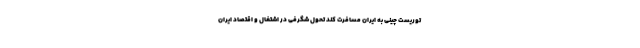
توریست چینی به ایران مسافرت کند تحول شگرفی در اشتغال و اقتصاد ایران